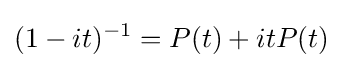
(1-it)^{-1}=P(t)+itP(t)